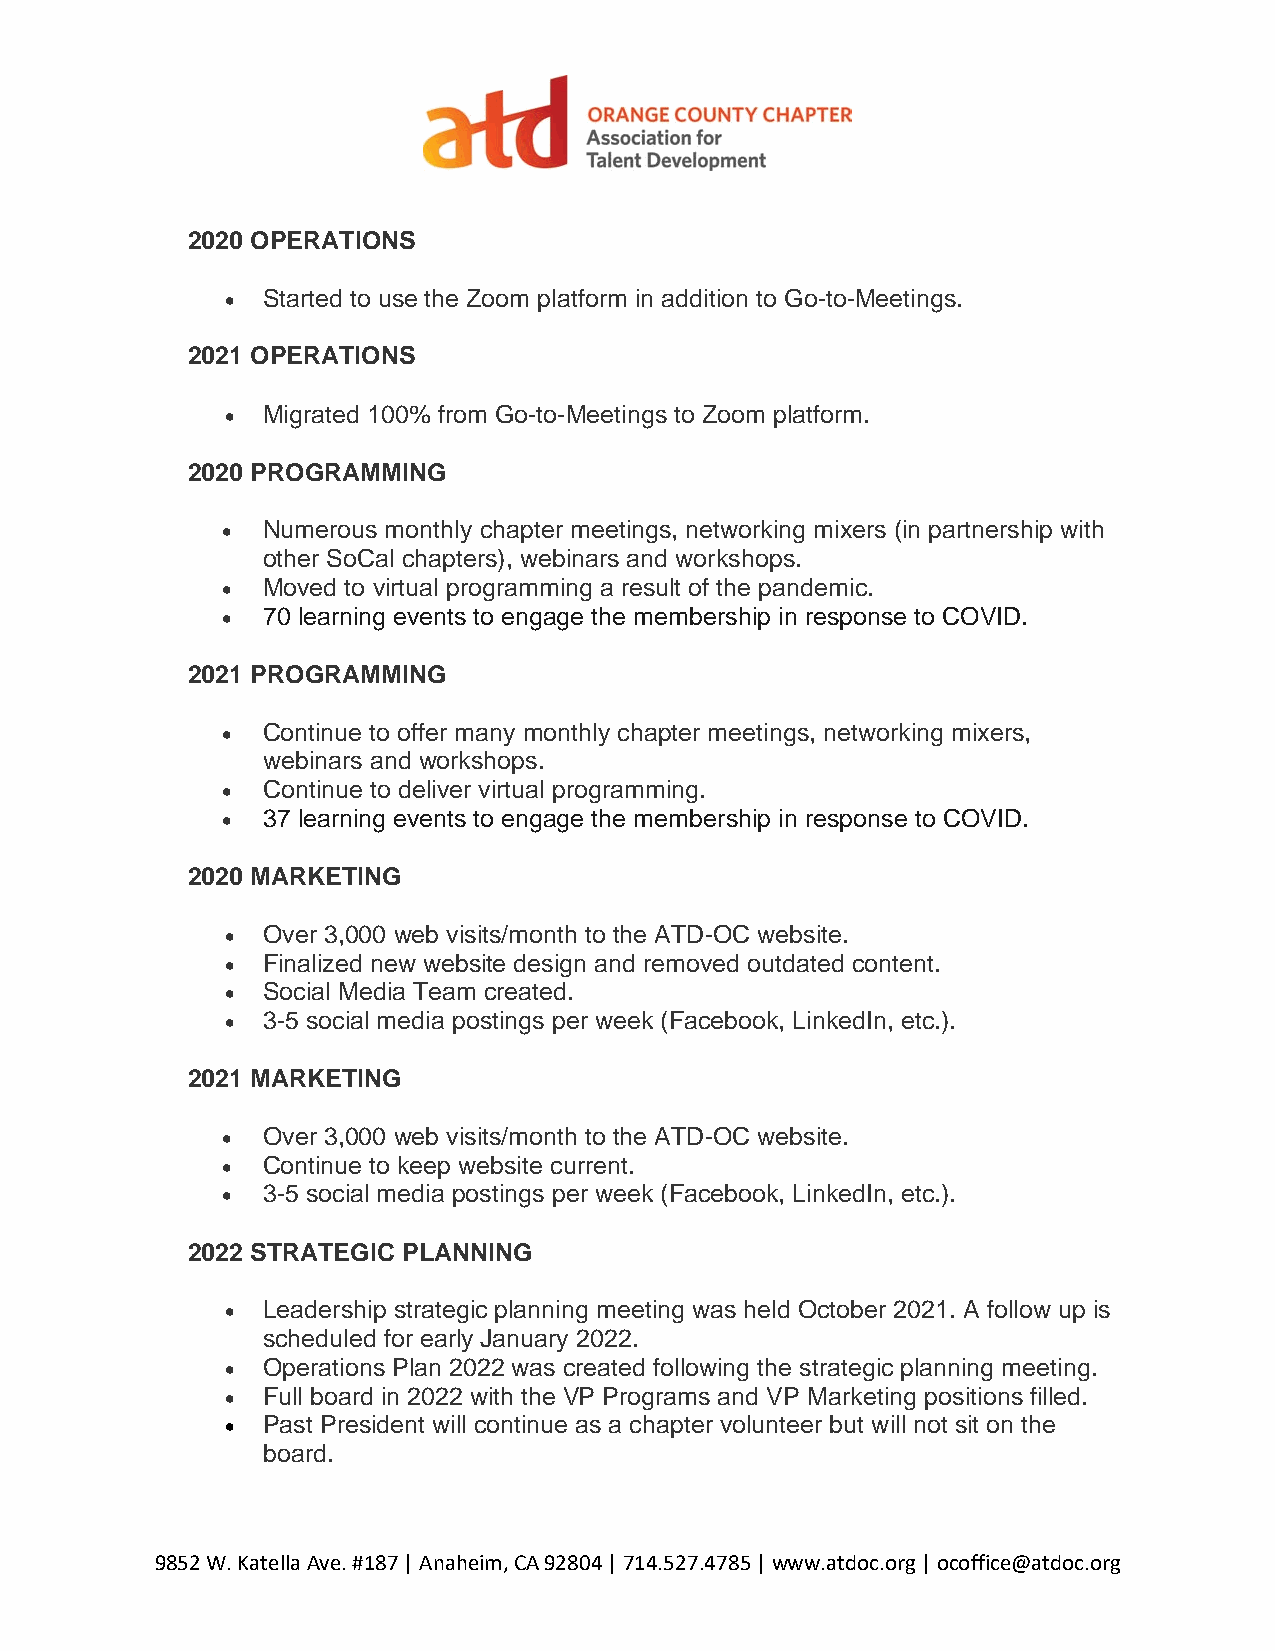
2020 OPERATIONS
 • Started to use the Zoom platform in addition to Go-to-Meetings.
 2021 OPERATIONS
 • Migrated 100% from Go-to-Meetings to Zoom platform.
 2020 PROGRAMMING
 • Numerous monthly chapter meetings, networking mixers (in partnership with
 other SoCal chapters), webinars and workshops.
 • Moved to virtual programming a result of the pandemic.
 • 70 learning events to engage the membership in response to COVID.
 2021 PROGRAMMING
 • Continue to offer many monthly chapter meetings, networking mixers,
 webinars and workshops.
 • Continue to deliver virtual programming.
 • 37 learning events to engage the membership in response to COVID.
 2020 MARKETING
 • Over 3,000 web visits/month to the ATD-OC website.
 • Finalized new website design and removed outdated content.
 • Social Media Team created.
 • 3-5 social media postings per week (Facebook, LinkedIn, etc.).
 2021 MARKETING
 • Over 3,000 web visits/month to the ATD-OC website.
 • Continue to keep website current.
 • 3-5 social media postings per week (Facebook, LinkedIn, etc.).
 2022 STRATEGIC PLANNING
 • Leadership strategic planning meeting was held October 2021. A follow up is
 scheduled for early January 2022.
 • Operations Plan 2022 was created following the strategic planning meeting.
 • Full board in 2022 with the VP Programs and VP Marketing positions filled.
 • Past President will continue as a chapter volunteer but will not sit on the
 board.
 9852 W. Katella Ave. #187 | Anaheim, CA 92804 | 714.527.4785 | www.atdoc.org | ocoffice@atdoc.org